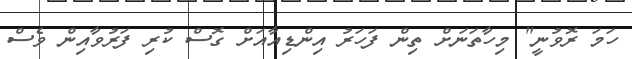
ހަމަ ރޮވުނީ" މިހާތަނަށް ތިން ފަހަރު އިންޑިއާއަށް ގޮސް ކުރި ފަރުވާއިން ވެސް